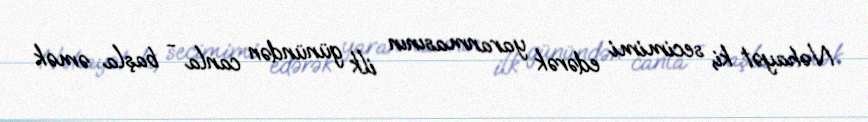
Nəhayət ki, secimimi edərək yaranmasının ilk günündən canla - başla əmək